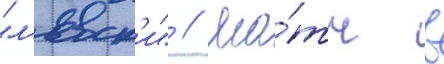
"л'евск'и" // Ма́тч в